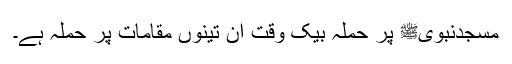
مسجدنبویﷺ پر حملہ بیک وقت ان تینوں مقامات پر حملہ ہے۔